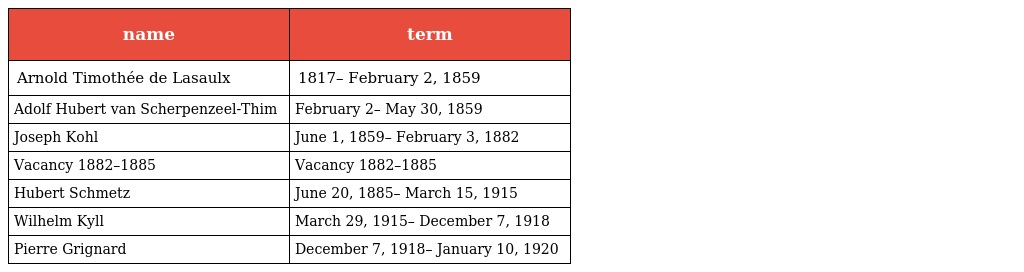
| name | term |
 | --- | --- |
 | Arnold Timothée de Lasaulx | 1817– February 2, 1859 |
 | Adolf Hubert van Scherpenzeel-Thim | February 2– May 30, 1859 |
 | Joseph Kohl | June 1, 1859– February 3, 1882 |
 | Vacancy 1882–1885 | Vacancy 1882–1885 |
 | Hubert Schmetz | June 20, 1885– March 15, 1915 |
 | Wilhelm Kyll | March 29, 1915– December 7, 1918 |
 | Pierre Grignard | December 7, 1918– January 10, 1920 |